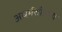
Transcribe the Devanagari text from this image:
अधर्मशीलता